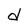
Character: d